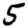
Digit: 5